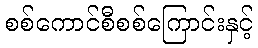
စစ်ကောင်စီစစ်ကြောင်းနှင့်